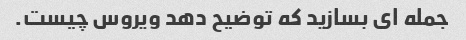
جمله ای بسازید که توضیح دهد ویروس چیست.